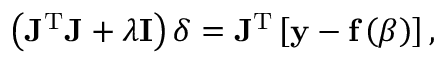
\left( \mathbf { J } ^ { \mathrm { T } } \mathbf { J } + \lambda \mathbf { I } \right) { \boldsymbol { \delta } } = \mathbf { J } ^ { \mathrm { T } } \left[ \mathbf { y } - \mathbf { f } \left( { \boldsymbol { \beta } } \right) \right] ,